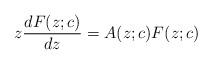
LaTeX: \begin{align*}z\frac{dF(z; c)}{dz} = A(z; c)F(z; c)\end{align*}